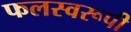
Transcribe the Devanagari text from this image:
फलस्वरूपी